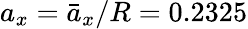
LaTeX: a_{x}=\bar{a}_{x}/R=0.2325